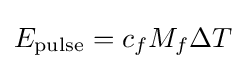
E_{\text{pulse}}=c_{f}M_{f}\Delta T